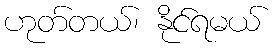
ဟုတ်တယ်၊ နိုင်ရမယ်